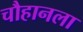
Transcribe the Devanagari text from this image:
चौहानला